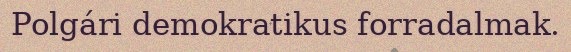
Polgári demokratikus forradalmak.